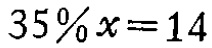
$35\%x = 14$